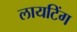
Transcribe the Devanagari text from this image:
लायटिंग